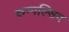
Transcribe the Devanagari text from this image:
कम्पल्सिव